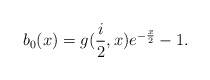
\begin{align*}b_{0}(x)=g(\frac{i}{2},x)e^{-\frac{x}{2}}-1. \end{align*}